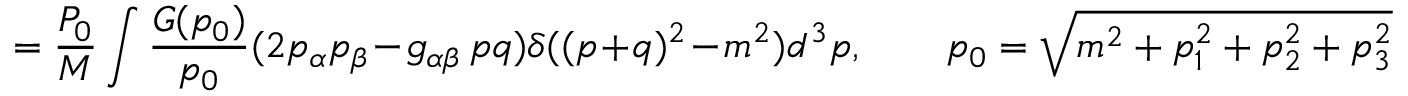
= \frac { P _ { 0 } } M \int \frac { G ( p _ { 0 } ) } { p _ { 0 } } ( 2 p _ { \alpha } p _ { \beta } - g _ { \alpha \beta } \, p q ) \delta ( ( p + q ) ^ { 2 } - m ^ { 2 } ) d ^ { 3 } p , \qquad p _ { 0 } = \sqrt { m ^ { 2 } + p _ { 1 } ^ { 2 } + p _ { 2 } ^ { 2 } + p _ { 3 } ^ { 2 } }